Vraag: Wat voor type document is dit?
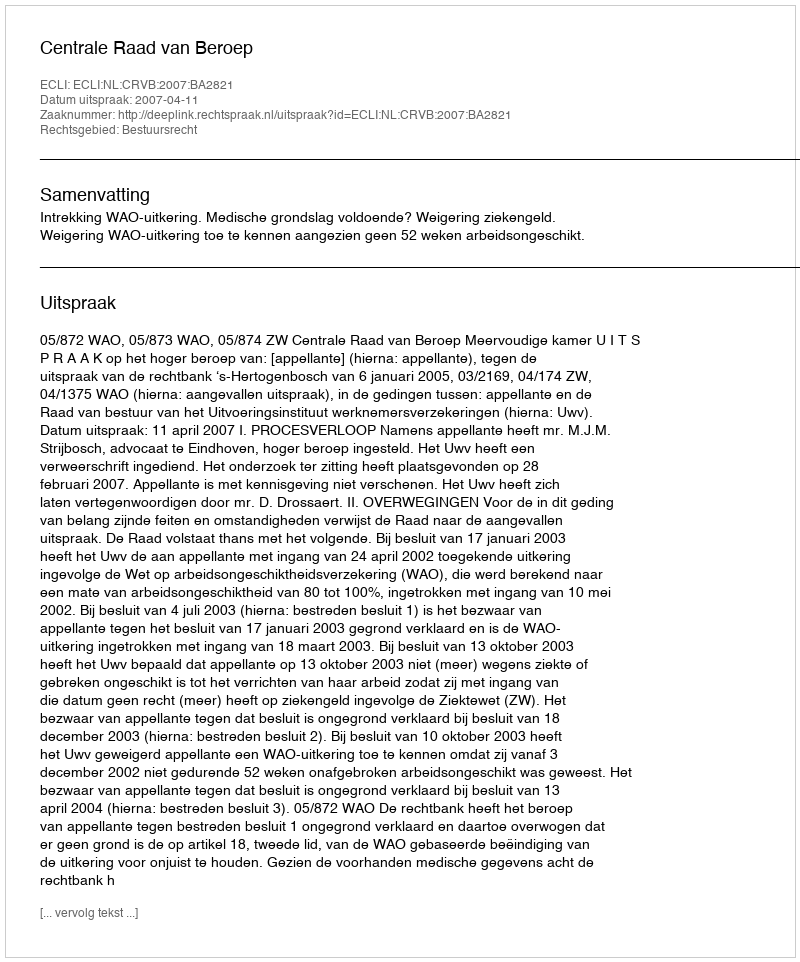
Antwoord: Uitspraak